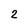
Character: 3